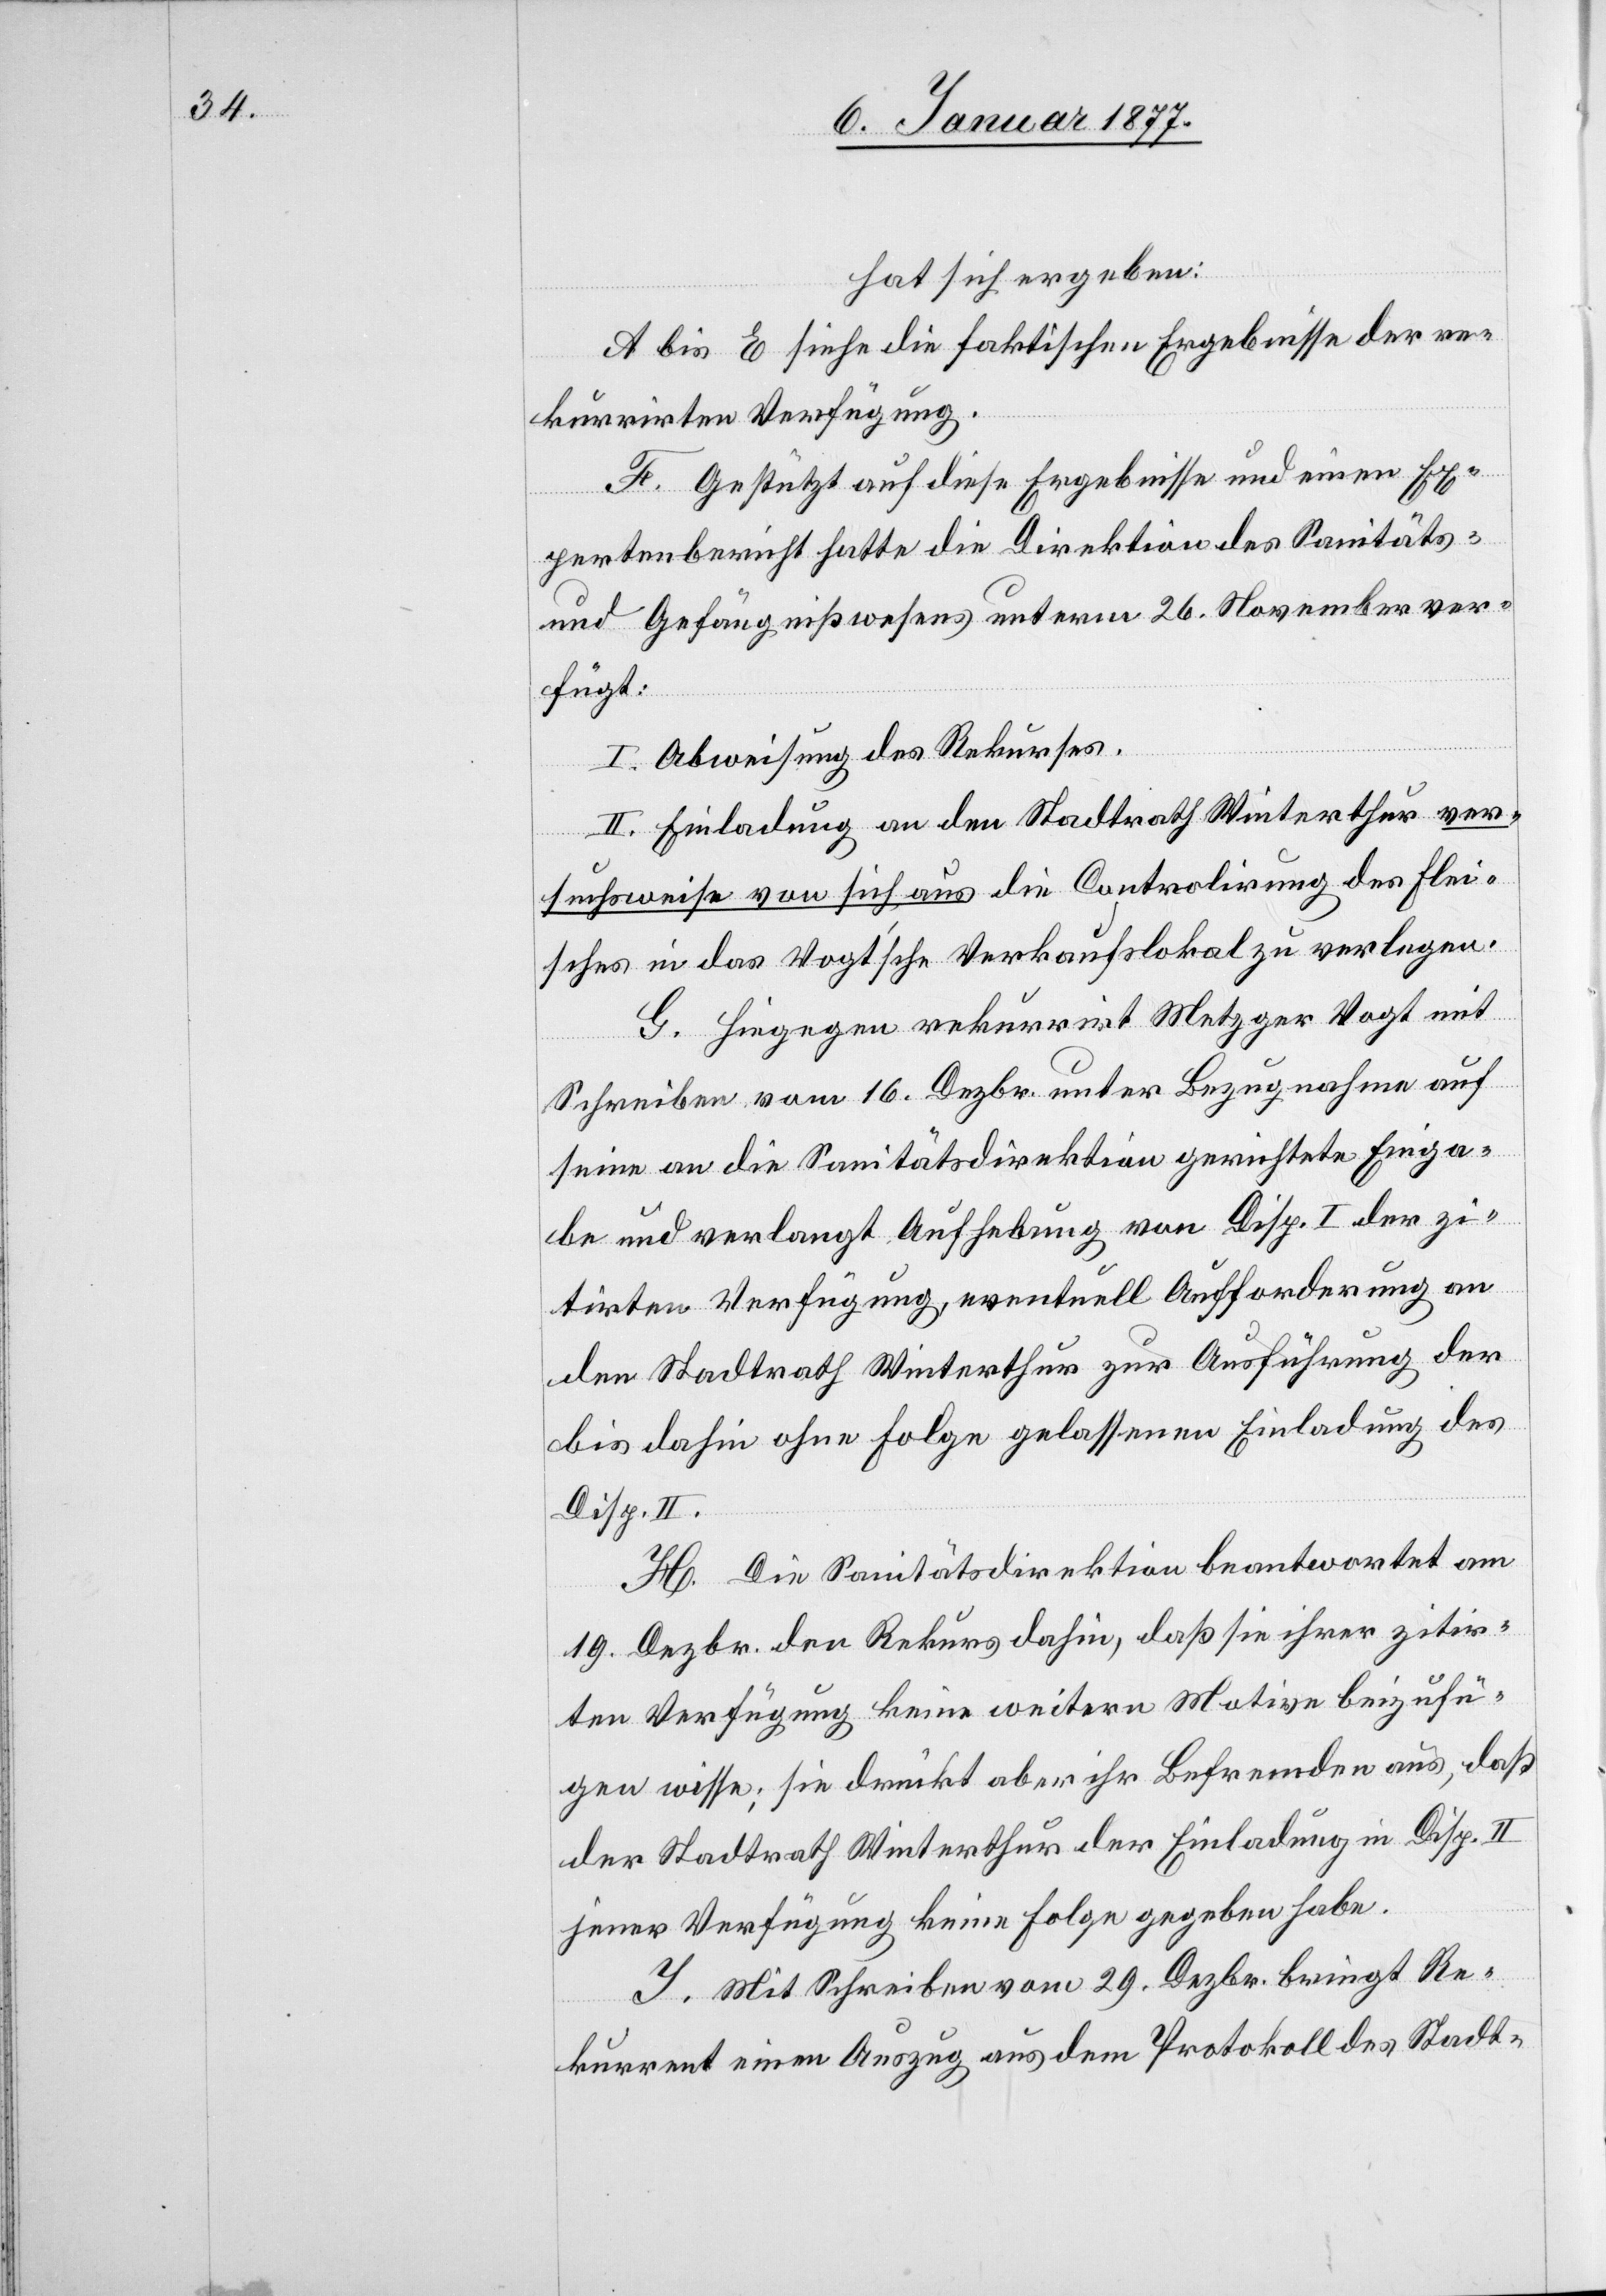
hat sich ergeben:
A bis E siehe die faktischen Ergebnisse der re¬
kurrirten Verfügung.
F. Gestützt auf diese Ergebnisse und einen Ex¬
pertenbericht hatte die Direktion des Sanitäts-
und Gefängniswesens unterm 26. November ver¬
fügt:
I. Abweisung des Rekurses.
II. Einladung an den Stadtrath Winterthur ver¬
suchsweise von sich aus die Controlirung des Flei¬
sches in das Vogt’sche Verkaufslokal zu verlegen.
G. Hiegegen rekurrirt Metzger Vogt mit
Schreiben vom 16. Dezbr. unter Bezugnahme auf
seine an die Sanitätsdirektion gerichtete Einga¬
be und verlangt Aufhebung von Disp. I der zi¬
tirten Verfügung, eventuell Aufforderung an
den Stadtrath Winterthur zur Ausführung der
bis dahin ohne Folge gelassenen Einladung des
Disp. II.
H. Die Sanitätsdirektion beantwortet am
19. Dezbr. den Rekurs dahin, daß sie ihrer zitir¬
ten Verfügung keine weitern Motive beizufü¬
gen wisse; sie drückt aber ihr Befremden aus, daß
der Stadtrath Winterthur der Einladung im Disp. II
jener Verfügung keine Folge gegeben habe.
I. Mit Schreiben vom 29. Dezbr. bringt Re¬
kurrent einen Auszug aus dem Protokoll des Stadt-